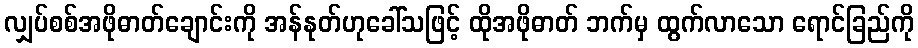
လျှပ်စစ်အဖိုဓာတ်ချောင်းကို အန်နုတ်ဟုခေါ်သဖြင့် ထိုအဖိုဓာတ် ဘက်မှ ထွက်လာသော ရောင်ခြည်ကို